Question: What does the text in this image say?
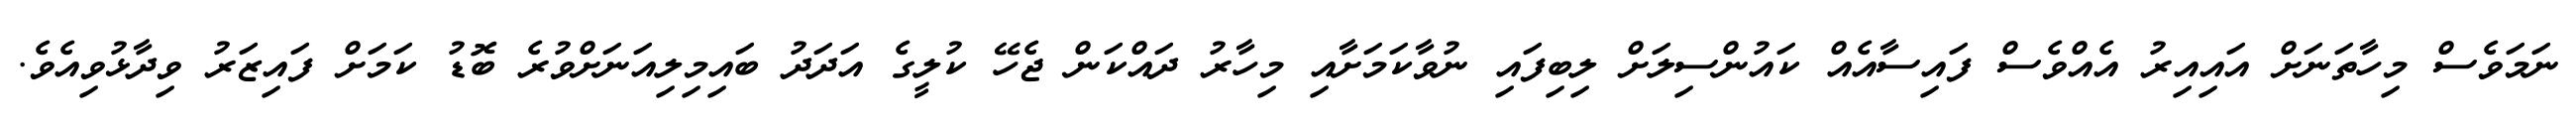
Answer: ނަމަވެސް މިހާތަނަށް އައިއިރު އެއްވެސް ފައިސާއެއް ކައުންސިލަށް ލިބިފައި ނުވާކަމަށާއި މިހާރު ދައްކަން ޖެހޭ ކުލީގެ އަދަދު ބައިމިލިއަނަށްވުރެ ބޮޑު ކަމަށް ފައިޒަރު ވިދާޅުވިއެވެ.